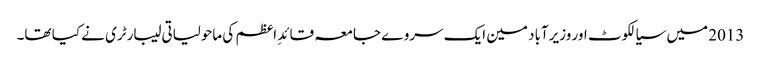
2013 میں سیالکوٹ اور وزیرآباد مین ایک سروے جامعہ قائدِ اعظم کی ماحولیاتی لیبارٹری نے کیا تھا۔